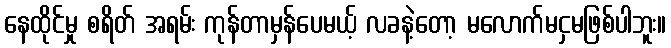
နေထိုင်မှု စရိတ် အရမ်း ကုန်တာမှန်ပေမယ့် လခနဲ့တော့ မလောက်မငှမဖြစ်ပါဘူး။